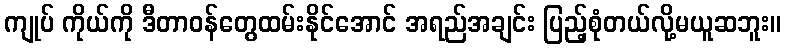
ကျုပ် ကိုယ်ကို ဒီတာဝန်တွေထမ်းနိုင်အောင် အရည်အချင်း ပြည့်စုံတယ်လို့မယူဆဘူး။